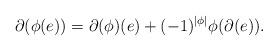
LaTeX: \begin{align*}\partial(\phi(e)) = \partial(\phi)(e) + (-1)^{|\phi|}\phi(\partial(e)).\end{align*}